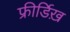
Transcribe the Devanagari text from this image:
फ्रीर्डिख़